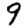
Digit: 9